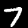
Digit: 7